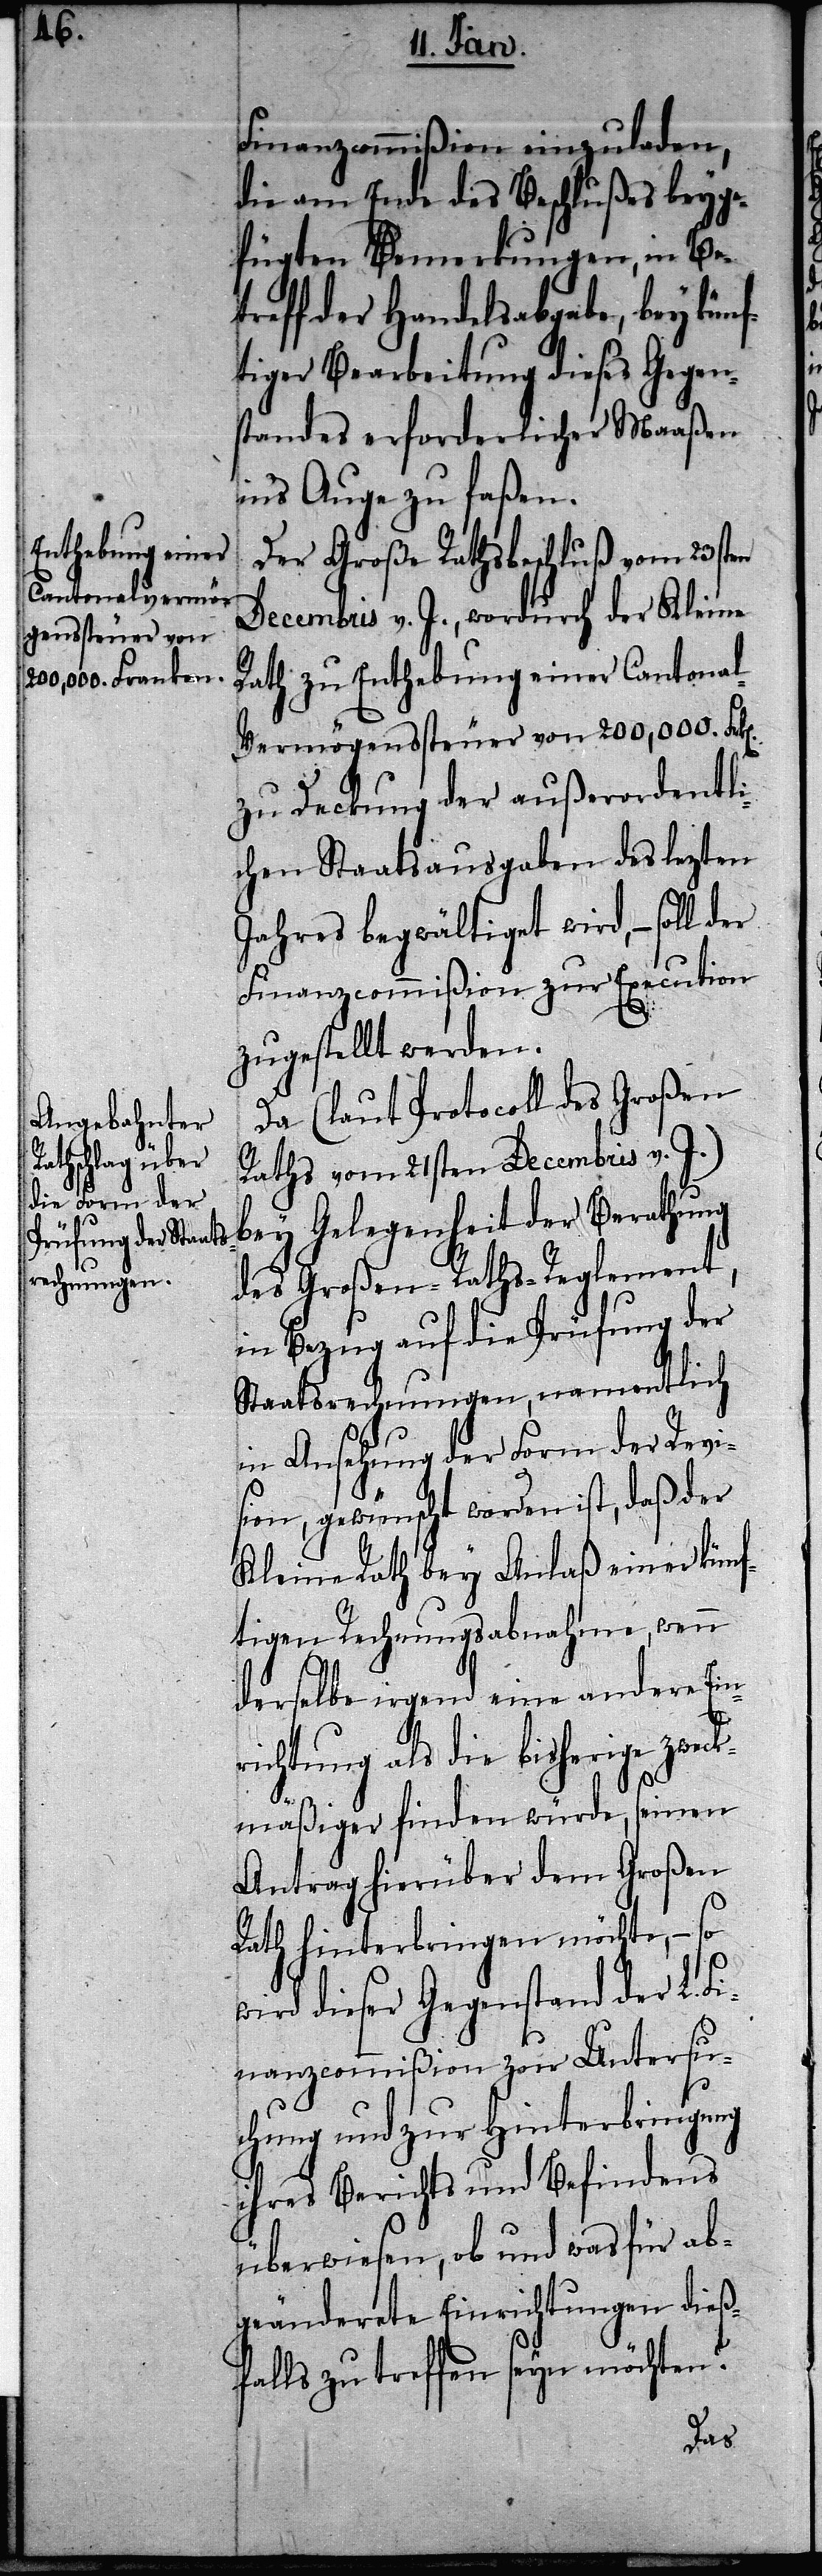
n].

Finanzcommißion einzuladen,
die am Ende des Beschlußes beyge¬
fügten Bemerkungen, in Be¬
treff der Handelsabgabe, bey kün¬
ftiger Bearbeitung dieses Gegen¬
standes erforderlicher Maaßen
in‘s Auge zu faßen.
Der Große Rathsbeschluß vom 23sten
Decembris v. J., wordurch der Kleine
Rath zu Enthebung einer Cantona¬
l-Vermögenssteuer von 200,000. Frk[e¬
zu Deckung der außerordentli¬
chen Staatsausgaben des lezten
Jahres begwältiget wird, – soll
Finanzcommißion zur Execution
zugestellt werden.
Da (laut Protocoll des Großen
Raths vom 21sten Decembris v. J.)
bey Gelegenheit der Berathung
des Großen-Raths-Reglement,
in Bezug auf die Prüfung der
Staatsrechnungen, namentlich
in Ansehung der Form der Revi¬
sion, gewünscht worden ist, daß der
Kleine Rath bey Anlaß einer künf¬
tigen Rechnungsabnahme, wenn
derselbe irgend eine andere Ein¬
richtung als die bisherige zweck¬
mäßiger finden würde, seinen
Antrag hierüber dem Großen
Rath hinterbringen möchte, – so
wird dieser Gegenstand der L. Fi¬
nanzcommißion zur Untersu¬
chung und zur Hinterbringung
ihres Berichts und Befindens
überwiesen, ob und was für ab¬
geänderete Einrichtungen dieß¬
falls zu treffen seyn möchten?